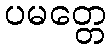
ပမတ္တေ